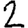
Digit: 2